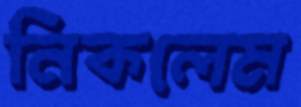
নিকলেম